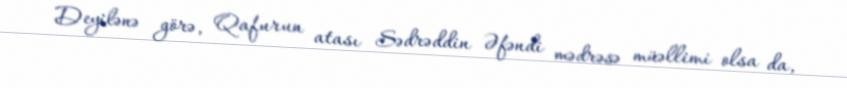
Deyilənə görə, Qafurun atası Sədrəddin Əfəndi mədrəsə müəllimi olsa da,